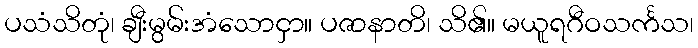
ပသံသိတုံ၊ ချီးမွမ်းအံသောငှာ။ ပဇာနာတိ၊ သိ၏။ မယူရဂီဝသင်္ကသ၊